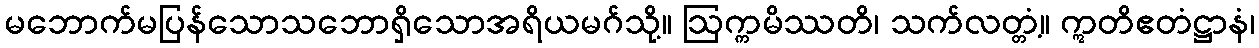
မဘောက်မပြန်သောသဘောရှိသောအရိယမဂ်သို့။ ဩက္ကမိဿတိ၊ သက်လတ္တံ့။ ဣတိဧတံဋ္ဌာနံ၊